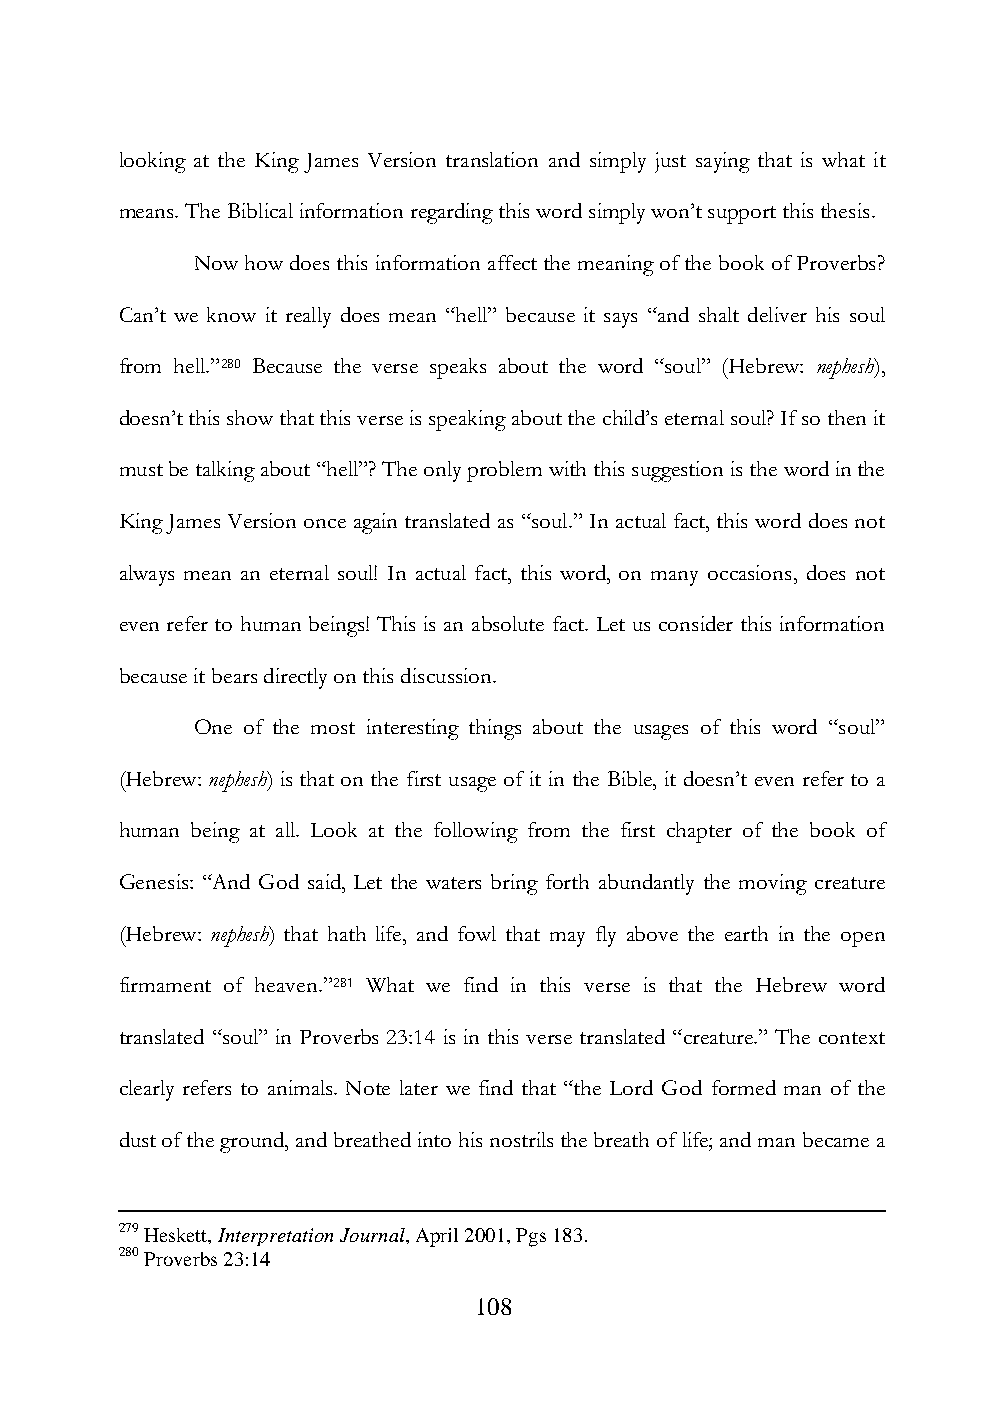
looking at the King James Version translation and simply just saying that is what it
 means. The Biblical information regarding this word simply won‟t support this thesis.
 Now how does this information affect the meaning of the book of Proverbs?
 Can‟t we know it really does mean “hell” because it says “and shalt deliver his soul
 from hell.”280 Because the verse speaks about the word “soul” (Hebrew: nephesh),
 doesn‟t this show that this verse is speaking about the child‟s eternal soul? If so then it
 must be talking about “hell”? The only problem with this suggestion is the word in the
 King James Version once again translated as “soul.” In actual fact, this word does not
 always mean an eternal soul! In actual fact, this word, on many occasions, does not
 even refer to human beings! This is an absolute fact. Let us consider this information
 because it bears directly on this discussion.
 One of the most interesting things about the usages of this word “soul”
 (Hebrew: nephesh) is that on the first usage of it in the Bible, it doesn‟t even refer to a
 human being at all. Look at the following from the first chapter of the book of
 Genesis: “And God said, Let the waters bring forth abundantly the moving creature
 (Hebrew: nephesh) that hath life, and fowl that may fly above the earth in the open
 firmament of heaven.”281 What we find in this verse is that the Hebrew word
 translated “soul” in Proverbs 23:14 is in this verse translated “creature.” The context
 clearly refers to animals. Note later we find that “the Lord God formed man of the
 dust of the ground, and breathed into his nostrils the breath of life; and man became a
 279 Heskett, Interpretation Journal, April 2001, Pgs 183.
 280 Proverbs 23:14
 108